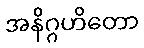
အနိဂ္ဂဟိတော